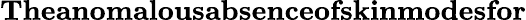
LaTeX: \textbf{Theanomalousabsenceofskinmodesfor}